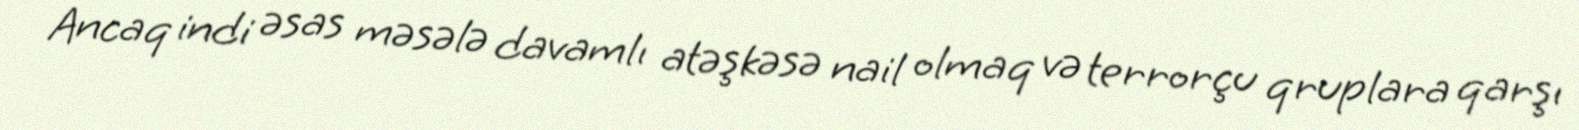
Ancaq indi əsas məsələ davamlı atəşkəsə nail olmaq və terrorçu qruplara qarşı